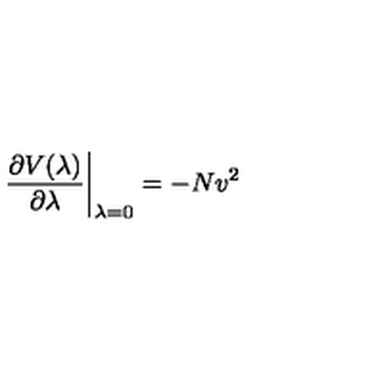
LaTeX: \left. \frac { \partial V ( \lambda ) } { \partial \lambda } \right| _ { \lambda = 0 } = - N v ^ { 2 }